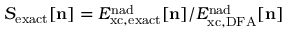
S _ { \mathrm { e x a c t } } [ { \bf n } ] = E _ { \mathrm { { x c , e x a c t } } } ^ { \mathrm { n a d } } [ { \bf n } ] / E _ { \mathrm { { x c , D F A } } } ^ { \mathrm { n a d } } [ { \bf n } ]